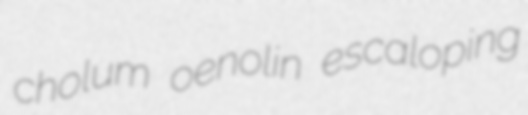
cholum oenolin escaloping